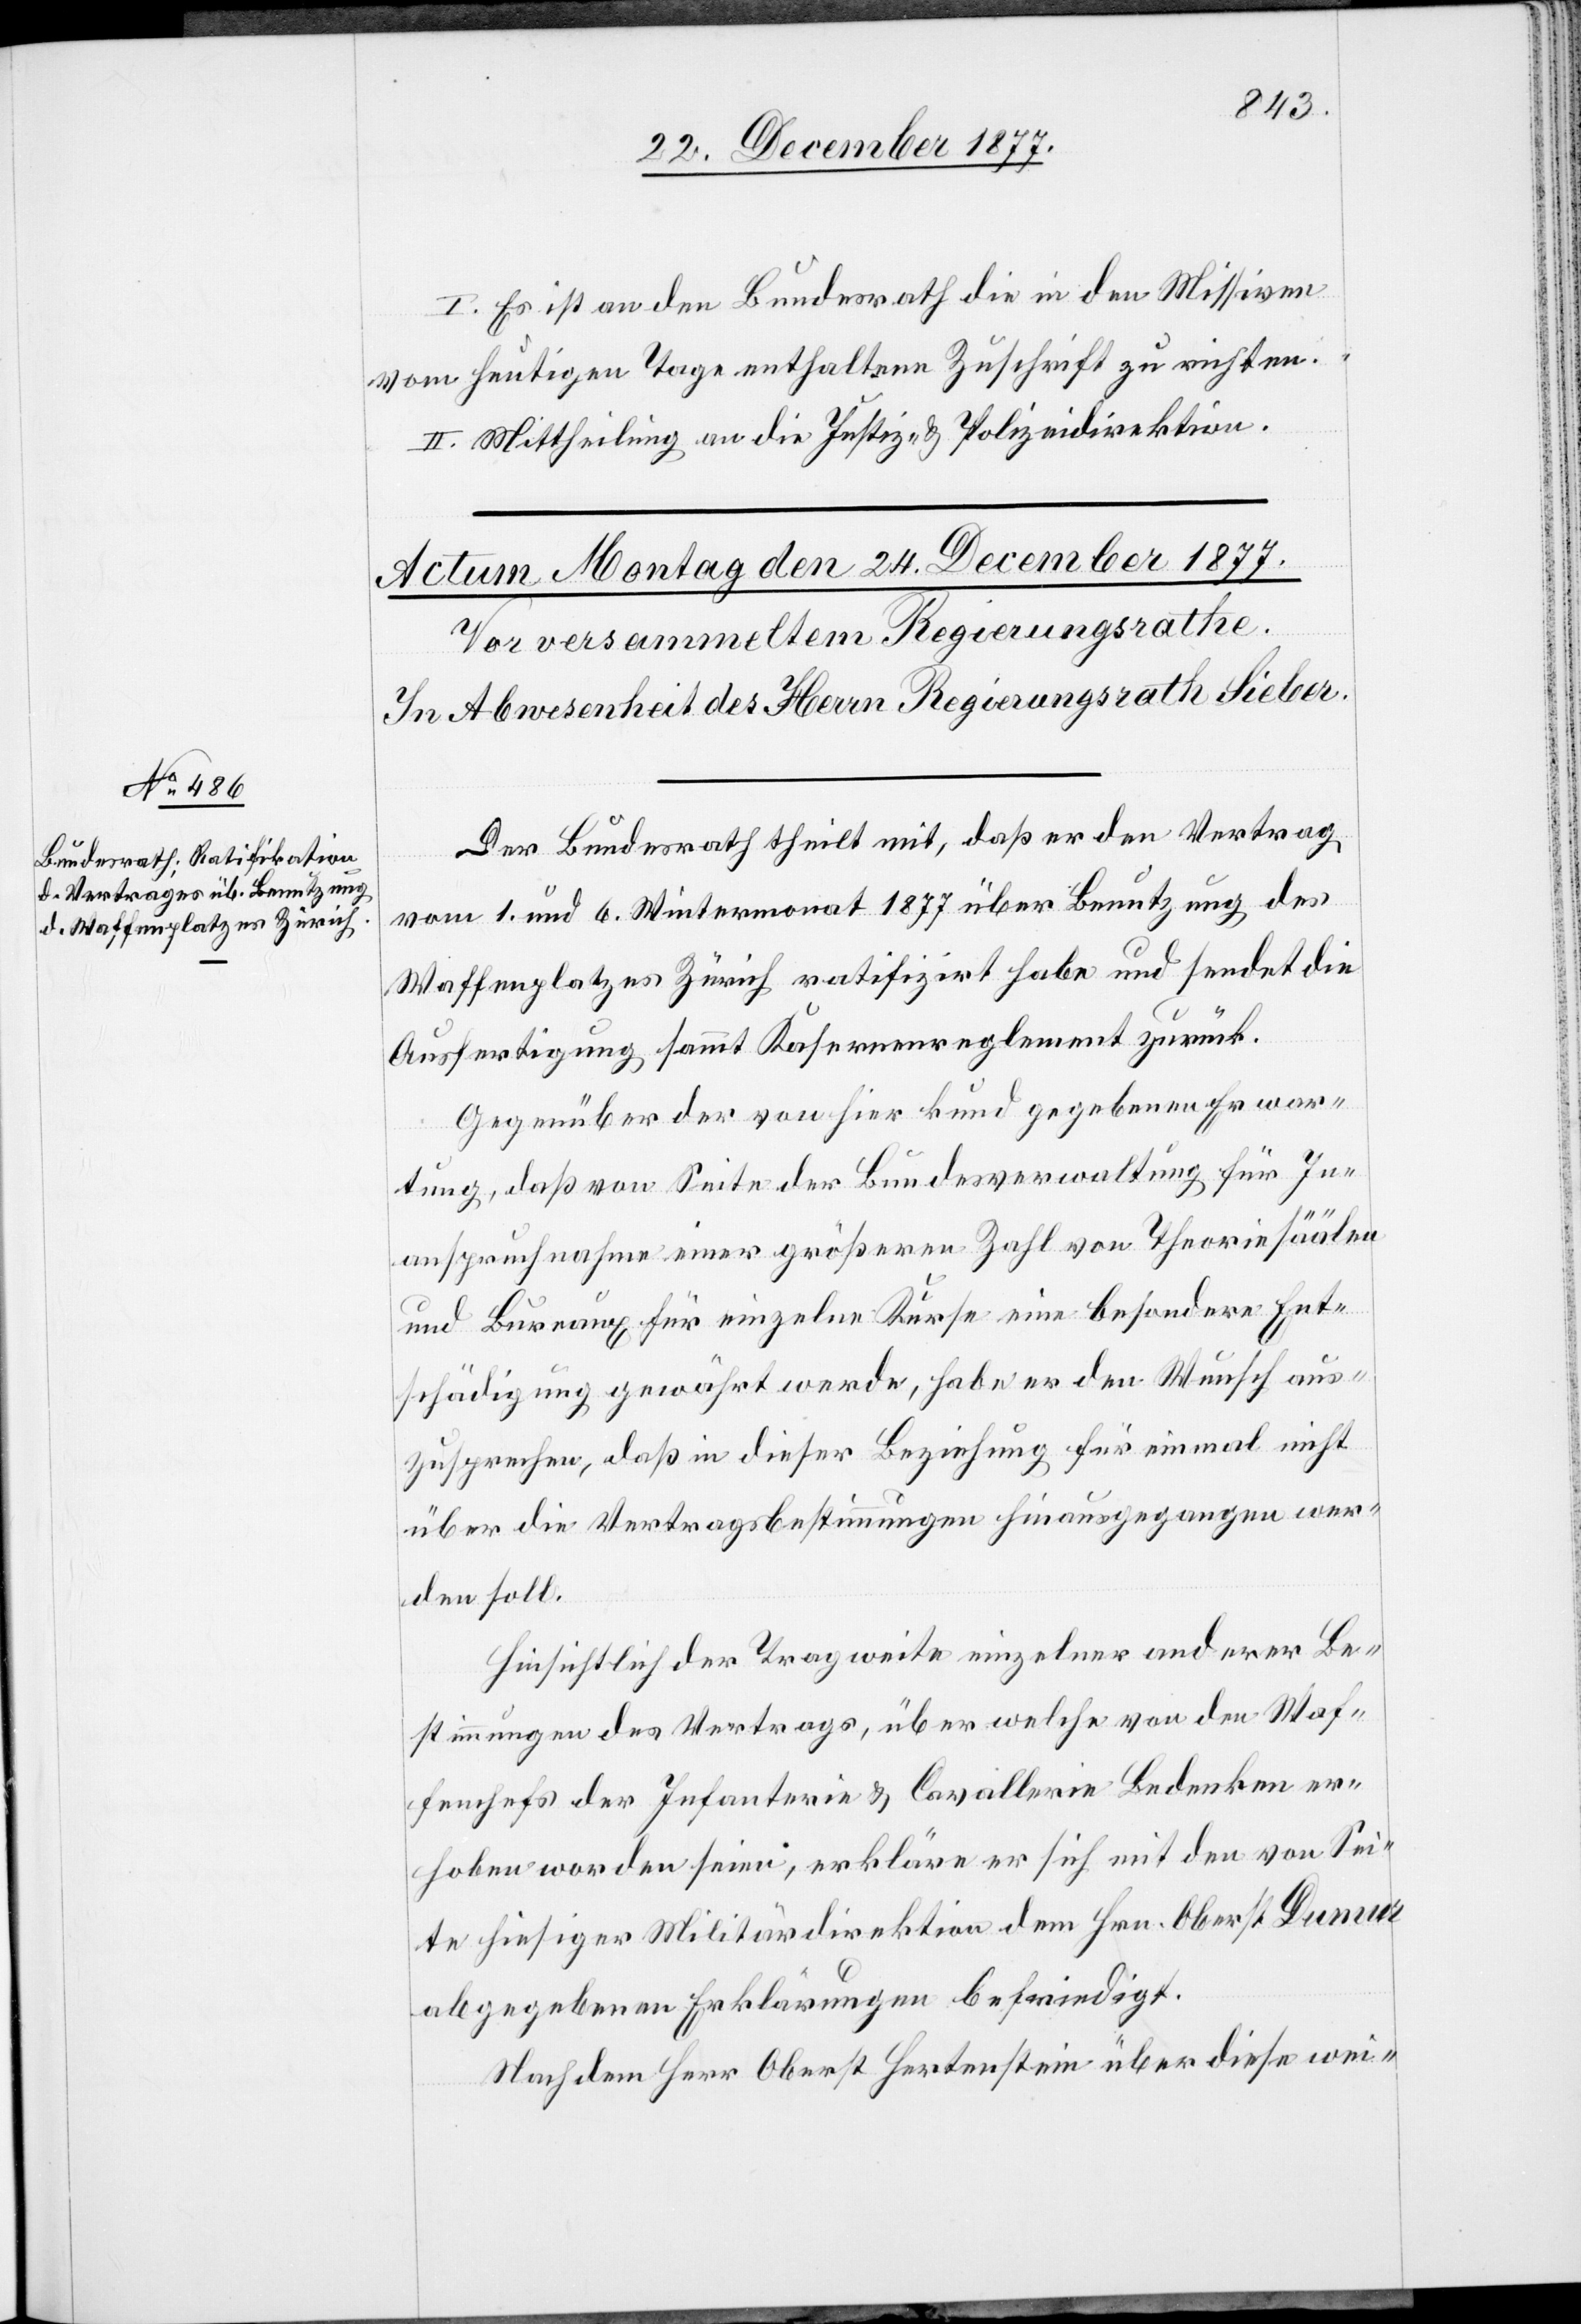
I. Es ist an den Bundesrath die in den Missiven
vom heutigen Tage enthaltene Zuschrift zu richten.
II. Mittheilung an die Justiz- & Polizeidirektion.
Der Bundesrath theilt mit, daß er den Vertrag
vom 1. und 6. Wintermonat 1877 über Benutzung des
Waffenplatzes Zürich ratifizirt habe und sendet die
Ausfertigung sammt Kasernenreglement zurück.
Gegenüber der von hier kund gegebenen Erwar¬
tung, daß von Seite der Bundesverwaltung für In¬
anspruchnahme einer größeren Zahl von Theoriesäälen
und Bureaux für einzelne Kurse eine besondere Ent¬
schädigung gewährt werde, habe er den Wunsch aus¬
zusprechen, daß in dieser Beziehung für einmal nicht
über die Vertragsbestimmungen hinausgegangen wer¬
den soll.
Hinsichtlich der Tragweite einzelner anderer Be¬
stimmungen des Vertrags, über welche von den Waf¬
fenchefs der Infanterie & Cavallerie Bedenken er¬
hoben worden seien, erkläre er sich mit den von Sei¬
te hiesiger Militärdirektion dem Hrn. Oberst Dumur
abgegebenen Erklärungen befriedigt.
Nachdem Herr Oberst Hertenstein über diese wei-